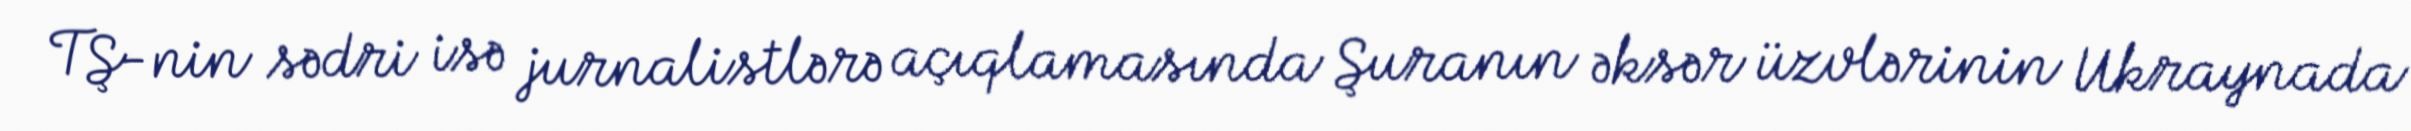
TŞ-nin sədri isə jurnalistlərə açıqlamasında Şuranın əksər üzvlərinin Ukraynada